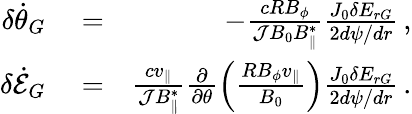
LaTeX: \begin{array}{rlr}{\delta\dot{\theta}_{G}}&{{}=}&{-\frac{cRB_{\phi}}{{\cal J}B_{0}B_{\parallel}^{*}}\frac{J_{0}\delta E_{rG}}{2d\psi/dr}\, ,}\\ {\delta\dot{\cal E}_{G}}&{{}=}&{\frac{cv_{\parallel}}{{\cal J}B_{\parallel}^{*}}\frac{\partial}{\partial\theta}\left(\frac{RB_{\phi}v_{\parallel}}{B_{0}}\right)\frac{J_{0}\delta E_{rG}}{2d\psi/dr}\, .}\end{array}